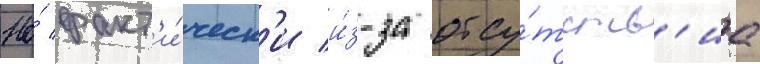
Но́ факт'и́ческ'и и́з-за отсу́тств'иа